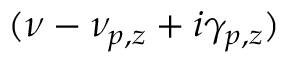
( \nu - \nu _ { p , z } + i \gamma _ { p , z } )